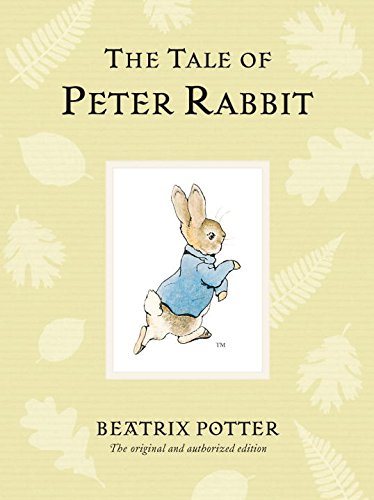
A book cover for The Tale of Peter Rabbit (Peter Rabbit Naturally Better); Beatrix Potter; Children's Books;